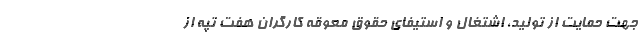
جهت حمایت از تولید، اشتغال و استیفای حقوق معوقه کارگران هفت تپه از